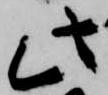
此